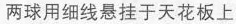
两球用细线悬挂于天花板上